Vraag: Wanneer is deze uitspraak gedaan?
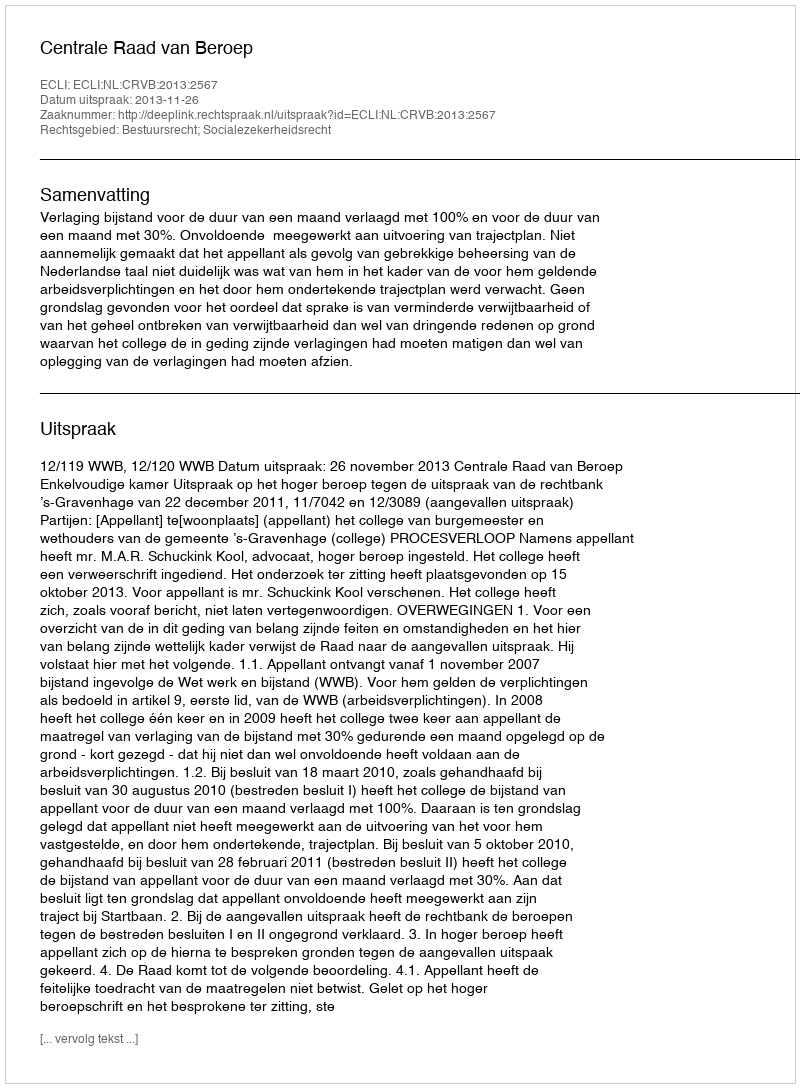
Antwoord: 2013-11-26